Indian Civil Veterinary Department memoirs
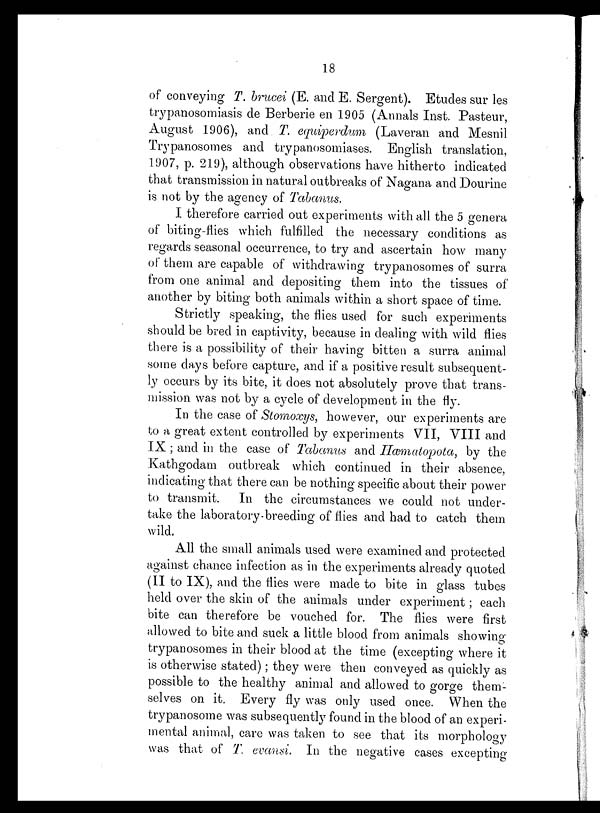
18
of conveying T. brucei (E. and E. Sergent). Etudes sur les
trypanosomiasis de Berberie en 1905 (Annals Inst. Pasteur,
August 1906), and T. equiperdum (Laveran and Mesnil
Trypanosomes and trypanosomiases. English translation,
1907, p. 219), although observations have hitherto indicated
that transmission in natural outbreaks of Nagana and Dourine
is not by the agency of Tabanus.
I therefore carried out experiments with all the 5 genera
of biting-flies which fulfilled the necessary conditions as
regards seasonal occurrence, to try and ascertain how many
of them are capable of withdrawing trypanosomes of surra
from one animal and depositing them into the tissues of
another by biting both animals within a short space of time.
Strictly speaking, the flies used for such experiments
should be bred in captivity, because in dealing with wild flies
there is a possibility of their having bitten a surra animal
some days before capture, and if a positive result subsequent-
ly occurs by its bite, it does not absolutely prove that trans-
mission was not by a cycle of development in the fly.
In the case of Stomoxys, however, our experiments are
to a great extent controlled by experiments VII, VIII and
IX ; and in the case of Tabanus and Hæmatopota, by the
Kathgodam outbreak which continued in their absence,
indicating that there can be nothing specific about their power
to transmit.
In the circumstances we could not under-
take the laboratory breeding of flies and had to catch them
wild.
All the small animals used were examined and protected
against chance infection as in the experiments already quoted
(II to IX), and the flies were made to bite in glass tubes
held over the skin of the animals under experiment; each
bite can therefore be vouched for. The flies were first
allowed to bite and suck a little blood from animals showing
trypanosomes in their blood at the time (excepting where it
is otherwise stated); they were then conveyed as quickly as
possible to the healthy animal and allowed to gorge them-
selves on it. Every fly was only used once. When the
trypanosome was subsequently found in the blood of an experi-
mental animal, care was taken to see that its morphology
was that of T. evansi. In the negative cases excepting